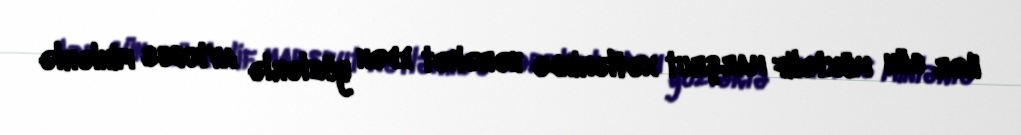
Hər gün müxtəlif marşrut xətlərində hərəkət edən yüzlərlə avtobus minlərlə